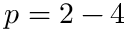
p = 2 - 4